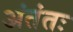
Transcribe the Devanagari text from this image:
अंतंतः